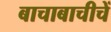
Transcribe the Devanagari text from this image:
बाचाबाचीचें